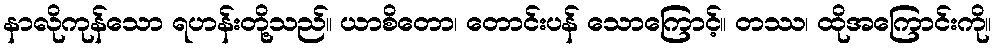
နာလိုကုန်သော ရဟန်းတို့သည်။ ယာစိတော၊ တောင်းပန် သောကြောင့်။ တဿ၊ ထိုအကြောင်းကို။